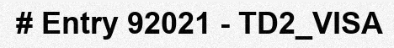
# Entry 92021 - TD2_VISA